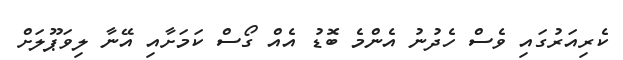
ކެރިއަރުގައި ވެސް ހެދުނު އެންމެ ބޮޑު އެއް ގޯސް ކަމަށާއި އޭނާ ލިވަޕޫލަށް